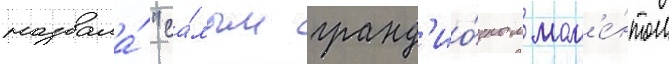
назвала́ "са́мым гранд'ио́зным мом'е́нтом